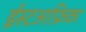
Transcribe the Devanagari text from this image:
ईस्टआफ्रिका